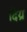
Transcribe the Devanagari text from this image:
दिय्र